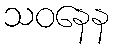
သဝနေန